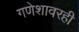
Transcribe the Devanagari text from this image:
गणेशावरही